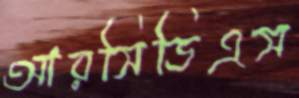
আরসিডিএস